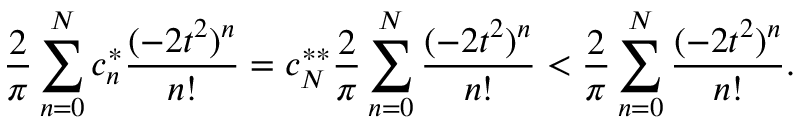
\frac 2 \pi \sum _ { n = 0 } ^ { N } c _ { n } ^ { * } \frac { ( - 2 t ^ { 2 } ) ^ { n } } { n ! } = c _ { N } ^ { * * } \frac 2 \pi \sum _ { n = 0 } ^ { N } \frac { ( - 2 t ^ { 2 } ) ^ { n } } { n ! } < \frac 2 \pi \sum _ { n = 0 } ^ { N } \frac { ( - 2 t ^ { 2 } ) ^ { n } } { n ! } .